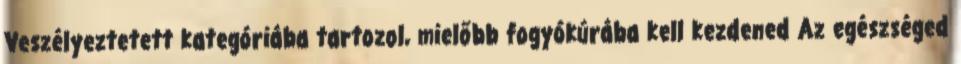
Veszélyeztetett kategóriába tartozol, mielőbb fogyókúrába kell kezdened Az egészséged